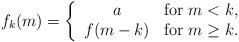
LaTeX: \begin{align*}f_k(m)=\left\{\begin{array}{cl} a&\hbox{for }m<k,\\ f(m-k)&\hbox{for }m\ge k. \end{array}\right.\end{align*}